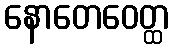
နောတေဝေတ္ထ